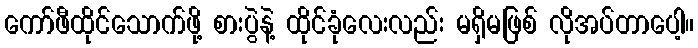
ကော်ဖီထိုင်သောက်ဖို့ စားပွဲနဲ့ ထိုင်ခုံလေးလည်း မရှိမဖြစ် လိုအပ်တာပေါ့။